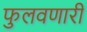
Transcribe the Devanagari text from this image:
फुलवणारी